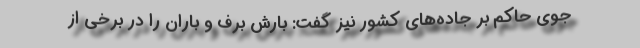
جوی حاکم بر جاده‌های کشور نیز گفت: بارش برف و باران را در برخی از